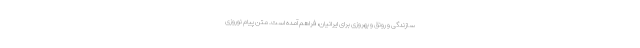
سازندگی و رونق و بهروزی برای ایرانیان، فراهم آمده است. متن پیام نوروزی